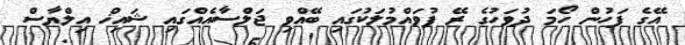
އޭގެ ފަހުން ހޯމަ ދުވަހުގެ ރޭ ފުވައްމުލަކުގައި ބޭއްވި ޖަލްސާއެއްގައި ޝައިޚް އިލްޔާސް